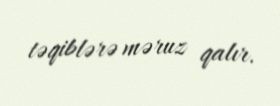
təqiblərə məruz qalır.